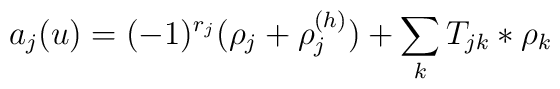
a_j(u)=(-1)^{r_j}(\rho_j+\rho_j^{(h)})+\sum_kT_{jk}\ast\rho_k